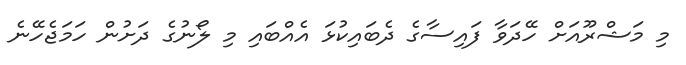
މި މަޝްރޫއަށް ހޭދަވާ ފައިސާގެ ދެބައިކުޅަ އެއްބައި މި ލޯނުގެ ދަށުން ހަމަޖެހޭނެ